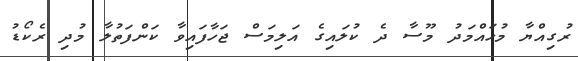
ރުގިއްޔާ މުހައްމަދު މޫސާ ދެ ކުލައިގެ އަލިމަަސް ޖަހާފައިވާ ކަންފަތުލާ މުދި ރެކޯޑު